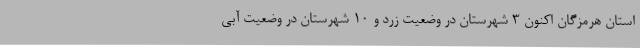
استان هرمزگان اکنون 3 شهرستان در وضعیت زرد و 10 شهرستان در وضعیت آبی